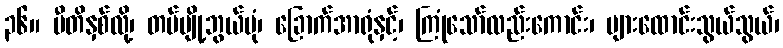
၃၆။ ပီတိနှစ်လို့၊ တပ်ပျို့ဘွယ်ပုံ၊ ခြောက်အာရုံနှင့်၊ ကြုံသော်လည်းကောင်း၊ များထောင်းသွယ်သွယ်၊